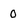
Character: 0